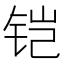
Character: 铠